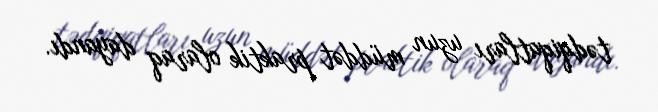
tədqiqatları uzun müddət praktik olaraq dayandı.